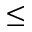
\leq